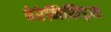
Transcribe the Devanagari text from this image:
बेरेनिसिड्स